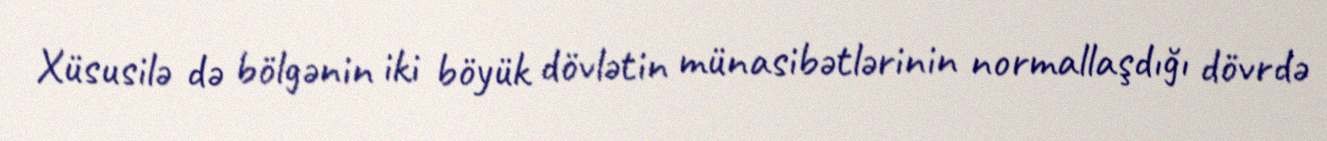
Xüsusilə də bölgənin iki böyük dövlətin münasibətlərinin normallaşdığı dövrdə